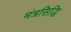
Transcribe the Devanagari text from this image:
मंत्रसिद्धि